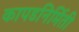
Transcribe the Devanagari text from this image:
कापडनिर्मिती